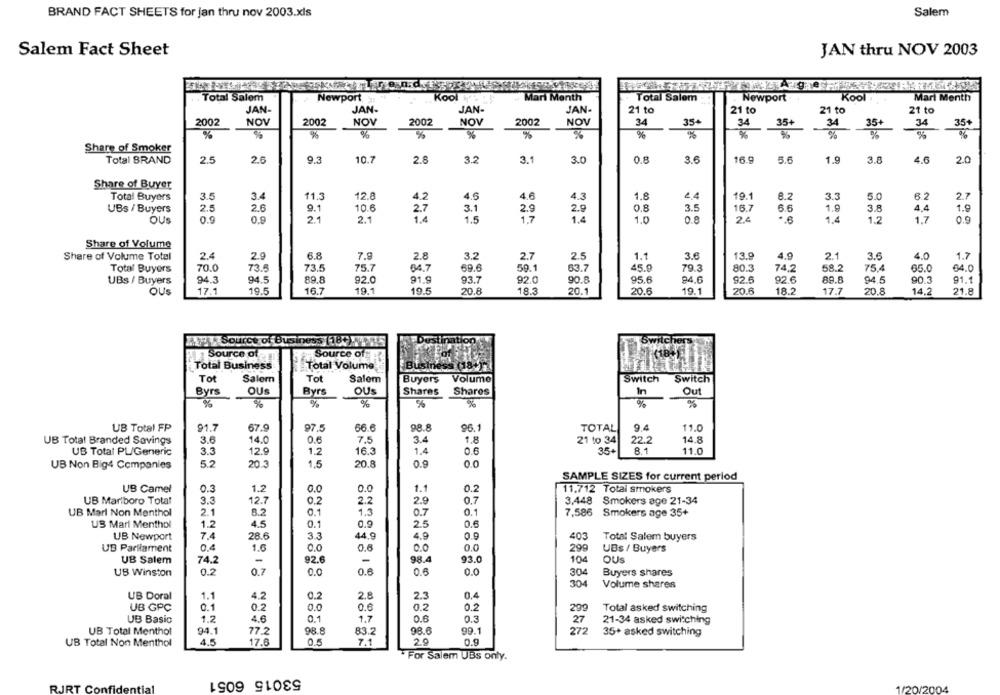
BRAND FACT SHEETS for jan thru nov 2003.xls
Salem
Salem Fact Sheet
JAN thru NOV 2003
Total Salem
Newport
Kool
Mari Menth
Total Salem
Newport
Kool
Mari Menth
JAN-
JAN
JAN-
JAN-
21 to
21 to
21 to
21 to
2002
NOV
2002
NOV
2002
NOV
2002
NOV
34
35+
34
35+
31
35+
34
35+
%
%
%
%
%
%
%
%
%
%
%
%
Share of Smoker
Total BRAND
2.5
2.6
9.3
10.7
2.8
3.2
3.1
3.0
0.8
3.6
5.6
1.9
3.8
4.6
2.0
Share of Buyer
12.8
4.6
4.6
1.8
24
19.1
6.2
2.7
Total Buyers
3.5
34
11.3
4.2
4.3
8.2
3.3
5.0
UBs / Buyers
2.5
2.6
9.1
10.6
3.1
2.9
2.9
0.8
3.5
16.7
1.9
3.8
4.4
1.9
2.7
OUs
0.9
0.9
2.1
2.1
1.5
1.7
1.4
1.0
0.8
2.4
1.4
1.2
1.7
0.9
Share of Volume
Share of Volume Total
2.4
2.9
6.8
7.9
2.8
3.2
2.7
2.5
1.1
3.8
13.9
4.9
2.1
3,6
4.0
1.7
Total Buyers
70.0
73.5
73.5
75.7
64.7
69.6
59.1
63.7
45.9
79.3
80.3
74.2
58.2
75.4
65.0
64.0
UBS / Buyers
94.3
94.5
89.8
92.0
91.9
93.7
92.0
90.8
95.6
84.6
92.6
92.6
89.8
94.5
90.3
91.1
OUS
17.1
19.5
16.7
19.1
19.5
20.8
18.3
20.1
20.6
19.1
20.6
18.2
17.7
20.8
14.2
21.8
Source of Business (18+)
Source of
Source of
Total Business
Total Volume
Busin
Tot
Salem
Tot
Salem
Buyers
Volume
Switch
Switch
Byrs
OUs
Byrs
OUS
Shares
Shares
In
Out
%
%
%
%
%
%
%
UB Total FP
91.7
67.9
97.5
66.6
98.8
96.1
TOTAL
9.4
11.0
UB Total Branded Savings
3.6
14.0
0.6
7.5
3.4
1,8
21 to 34
22.2
14.8
UB Total PL/Generic
3.3
12.9
1.2
16.3
1.4
0.6
35+
8.1
11.0
UB Non Big4 Companies
5.2
20.3
1.5
20.8
0.9
0.0
SAMPLE SIZES for current period
0.0
0.2
UB Camel
0.3
1.2
0.0
1.1
11.712 Total strokers
UB Marlboro Total
3.5
12.7
0.2
2.2
0.7
3.448
Smokers age 21-34
2.9
UB Marl Non Menthol
2.1
8.2
0.1
1.3
0.7
7,586
Smokers age 35+
US Mari Menthol
1.2
4.5
0.9
2.5
0.6
7.4
44.9
4.9
0.9
403
UB Newport
28.6
3.3
Total Salem buyers
UB Parlament
0.4
1.6
0.0
0.6
0.0
0.0
299
UBs / Buyers
UB Salem
74.2
-
92.6
-
98.4
93.0
104
OUs
UB Winston
0.2
0.7
0.0
0.6
0.0
304
Buyers shares
304
Volume shares
UB Doral
1.1
4.2
0.2
2.8
2.3
0.4
UB GPC
0.1
0.2
0.0
0.0
0.2
299
Total asked switching
UB Basic
1.2
4.6
1.7
0.6
0.3
27
21-34 asked switching
UB Total Menthol
94.1
77.2
98.8
83.2
98.6
99.1
272
35+ asked switching
UB Total Non Menthol
4.5
17.6
7.1
2.9
0.9
For Salem UBs only.
53015 6051
RJRT Co
1/20/20